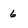
Character: 6